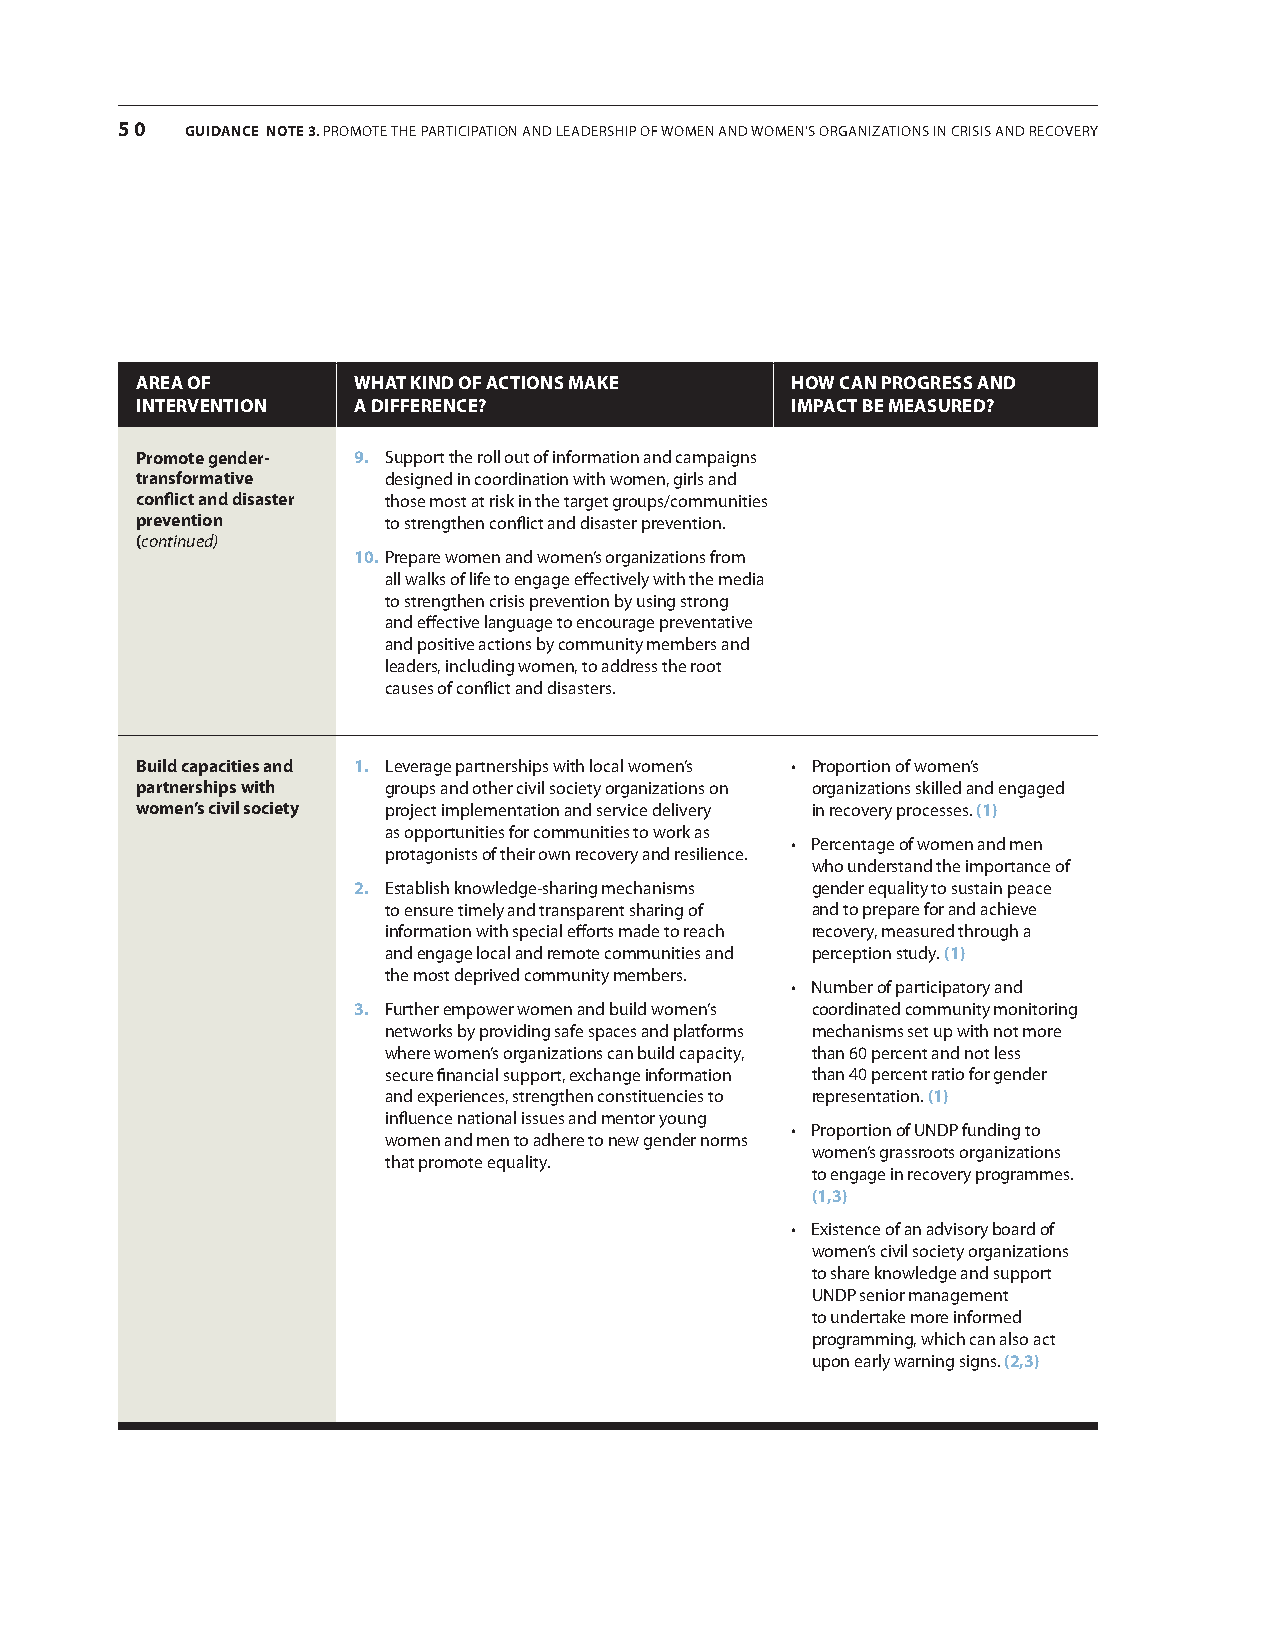
50  GUIDANCE NotE 3. Promote the ParticiPation and leadershiP of women and women’s organizations in crisis and recovery
 aRea oF       WHaT kinD oF acTions make    HoW can pRogRess anD
 inTeRvenTion  a DiFFeRence?                impacT Be measuReD?
 promote gender- 9. support the roll out of information and campaigns
 transformative   designed in coordination with women, girls and
 conflict and disaster those most at risk in the target groups/communities
 prevention       to strengthen conflict and disaster prevention.
 (continued)
 10. Prepare women and women’s organizations from
 all walks of life to engage effectively with the media
 to strengthen crisis prevention by using strong
 and effective language to encourage preventative
 and positive actions by community members and
 leaders, including women, to address the root
 causes of conflict and disasters.
 Build capacities and 1. leverage partnerships with local women’s • Proportion of women’s
 partnerships with groups and other civil society organizations on organizations skilled and engaged
 women’s civil society project implementation and service delivery in recovery processes. (1)
 as opportunities for communities to work as
 • Percentage of women and men
 protagonists of their own recovery and resilience.
 who understand the importance of
 2. establish knowledge-sharing mechanisms gender equality to sustain peace
 to ensure timely and transparent sharing of and to prepare for and achieve
 information with special efforts made to reach recovery, measured through a
 and engage local and remote communities and perception study. (1)
 the most deprived community members.
 • Number of participatory and
 3. further empower women and build women’s coordinated community monitoring
 networks by providing safe spaces and platforms mechanisms set up with not more
 where women’s organizations can build capacity, than 60 percent and not less
 secure financial support, exchange information than 40 percent ratio for gender
 and experiences, strengthen constituencies to representation. (1)
 influence national issues and mentor young
 • Proportion of UNDP funding to
 women and men to adhere to new gender norms
 women’s grassroots organizations
 that promote equality.
 to engage in recovery programmes.
 (1,3)
 • Existence of an advisory board of
 women’s civil society organizations
 to share knowledge and support
 UndP senior management
 to undertake more informed
 programming, which can also act
 upon early warning signs. (2,3)